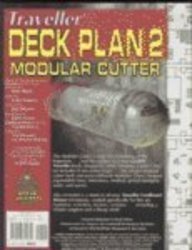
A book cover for Traveller Deck Plan 2 Modular Cutter (v. 2); Steve Jackson Games; Science Fiction & Fantasy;